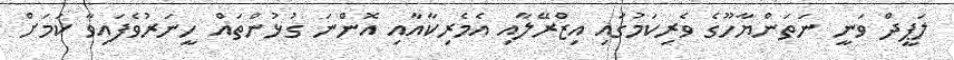
ލަޕީދް ވަނީ ނަތަންޔާހޫގެ ވެރިކަމުގައި އިޒްރޭލާއި އެމެރިކާއާއި އޮންނަ ގުޅުންތައް ހީނަރުވެފައިވާ ކަމަށް